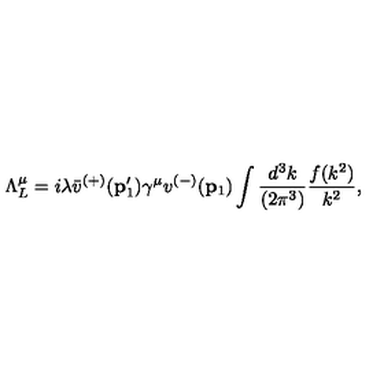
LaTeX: \Lambda _ { L } ^ { \mu } = i \lambda \bar { v } ^ { ( + ) } ( { \bf p } _ { 1 } ^ { \prime } ) \gamma ^ { \mu } v ^ { ( - ) } ( { \bf p } _ { 1 } ) \int \frac { d ^ { 3 } k } { ( 2 \pi ^ { 3 } ) } \frac { f ( k ^ { 2 } ) } { k ^ { 2 } } ,